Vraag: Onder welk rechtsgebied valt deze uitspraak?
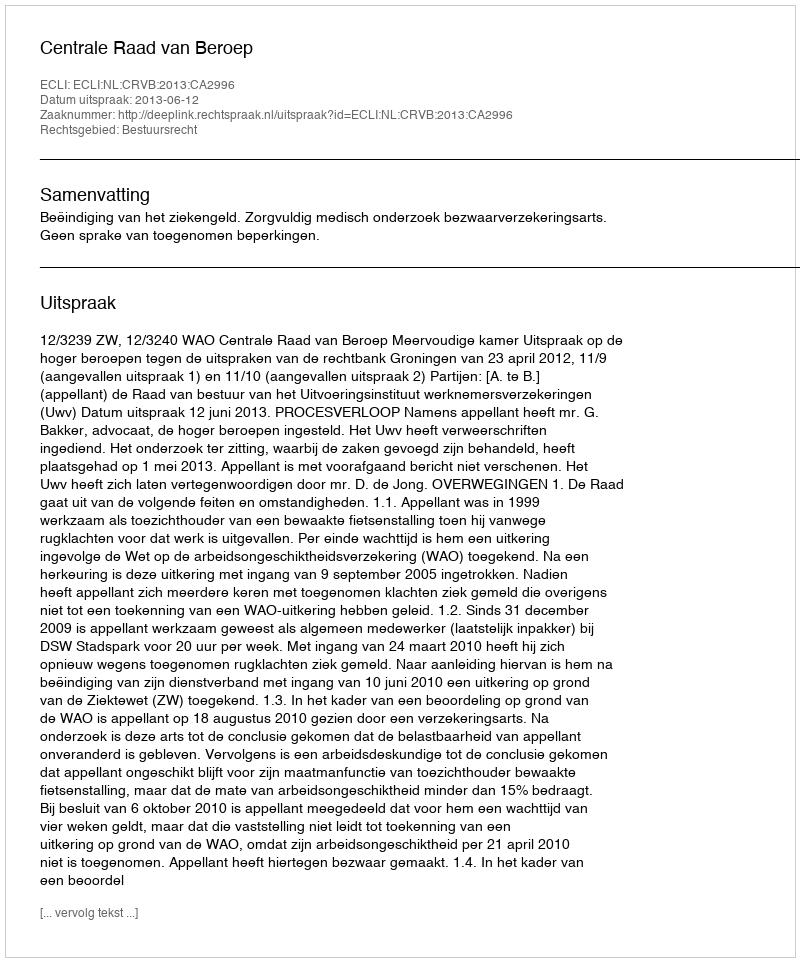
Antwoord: Bestuursrecht